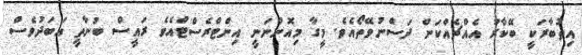
އިތުބާރަކީ ބޭކާރު އެެއްޗެއްކަން ދަސްނުވޭތޯއެވެ. މީގާ މިއޮންނަނީ އިންޓްރެސްޓްއެވެ ރައީސް ބުނާތީ އަބަދުވެސް